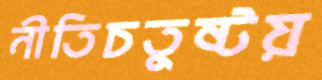
নীতিচতুষ্টয়